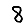
Digit: 8